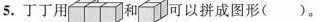
5.丁丁用和可以拼成图形（ ）。